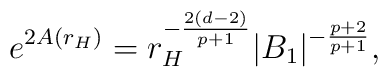
e^{2A(r_H)}=r_H^{-\frac{2(d-2)}{p+1}}|B_1|^{-\frac{p+2}{p+1}},